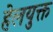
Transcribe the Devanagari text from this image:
हेलयुक्त